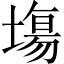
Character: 塲